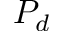
P _ { d }